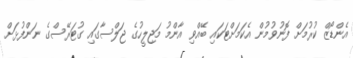
އެންޑޯޒް ކުރުމަށް ފޮނުވުމުން އެކަމަށްޓަކައި ބޭއްވި އާންމު މަޖިލީހުގެ ޖަލްސާގައި ގުޓަރޭސްގެ ނަންފުޅަށް